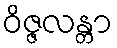
ဝိဇ္ဇလန္တာ